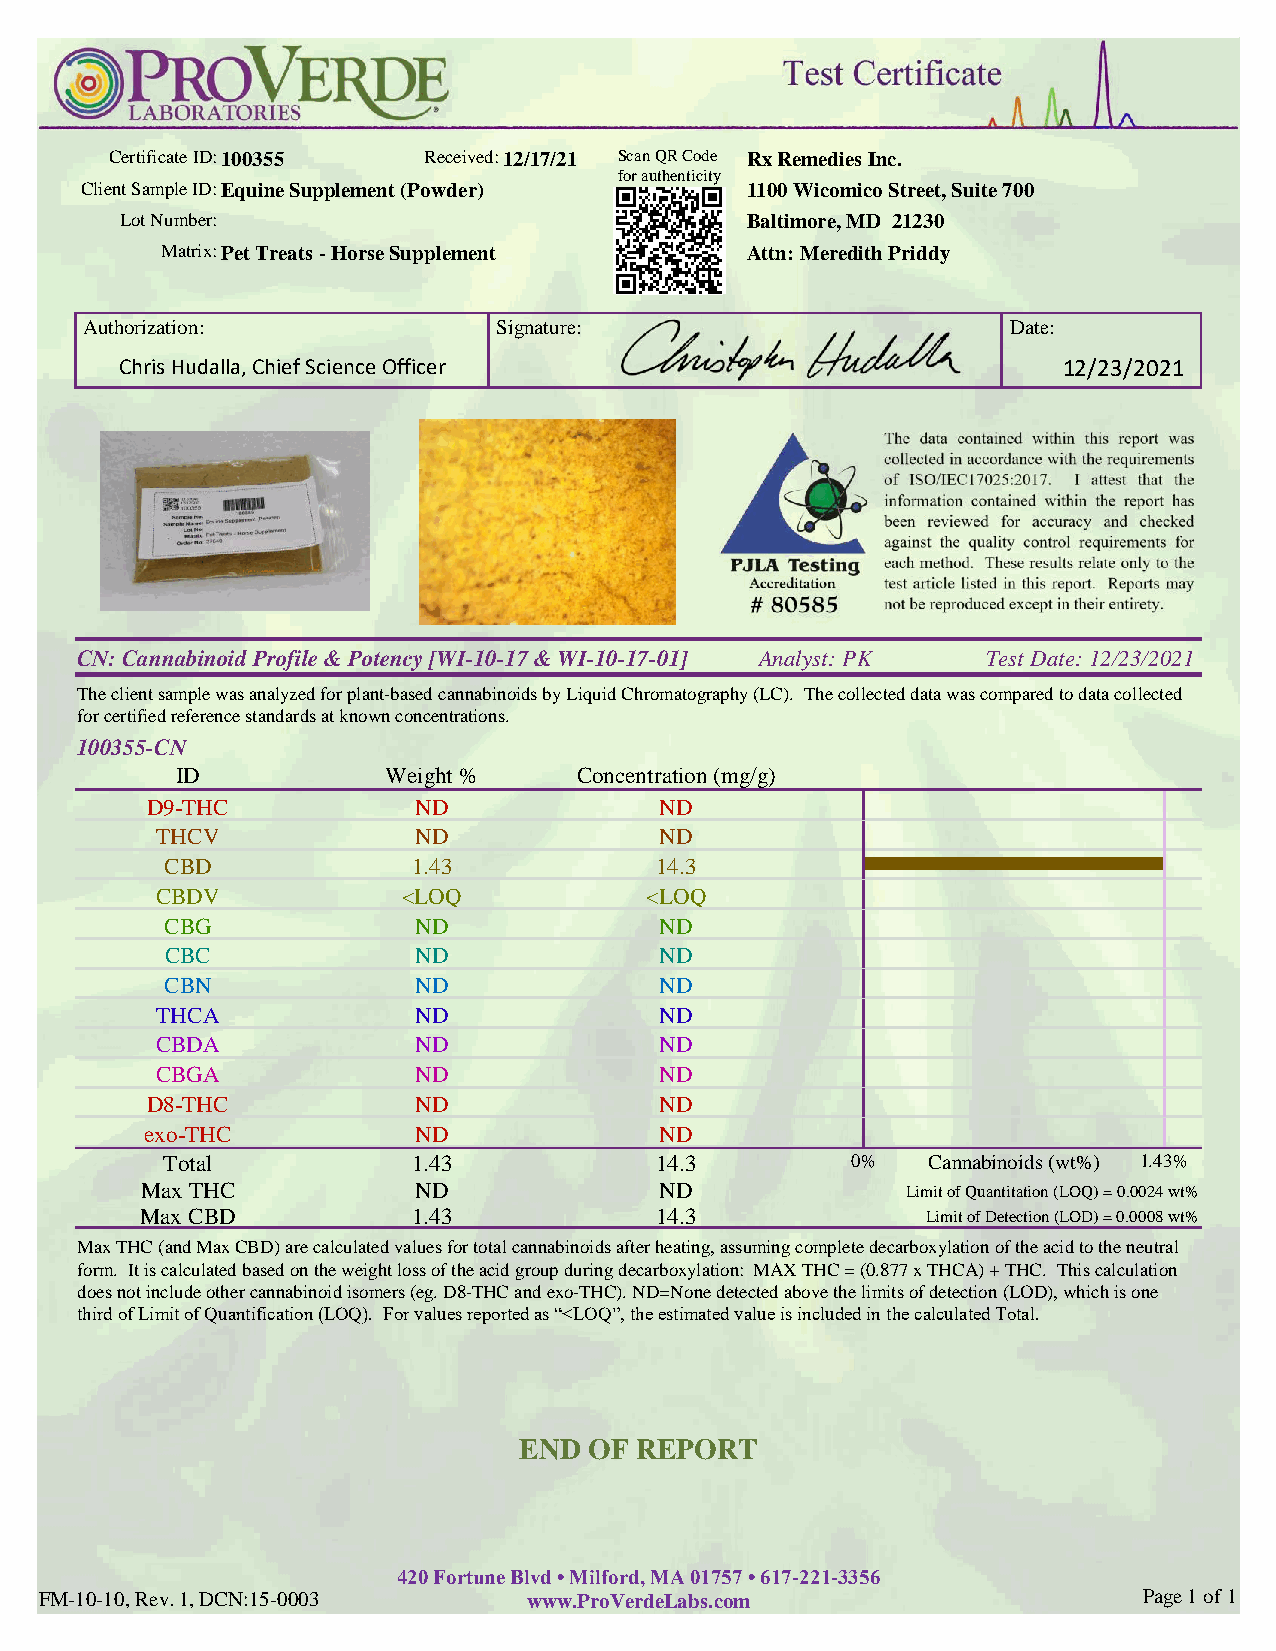
Certificate ID:100355 Received:12/17/21 Scan QR Code Rx Remedies Inc.
 for authenticity
 Client Sample ID:Equine Supplement (Powder) 1100 Wicomico Street, Suite 700
 Lot Number:                              Baltimore, MD 21230
 Matrix:Pet Treats - Horse Supplement  Attn: Meredith Priddy
 Authorization:             Signature:                        Date:
 Chris Hudalla, Chief Science Officer                          12/23/2021
 CN: Cannabinoid Profile & Potency [WI-10-17 & WI-10-17-01] Analyst: PK Test Date: 12/23/2021
 The client sample was analyzed for plant-based cannabinoids by Liquid Chromatography (LC). The collected data was compared to data collected
 for certified reference standards at known concentrations.
 100355-CN
 ID            Weight %    Concentration (mg/g)
 D9-THC           ND               ND
 THCV             ND               ND
 CBD             1.43            14.3
 CBDV             <LOQ            <LOQ
 CBG             ND               ND
 CBC             ND               ND
 CBN             ND               ND
 THCA             ND               ND
 CBDA             ND               ND
 CBGA             ND               ND
 D8-THC           ND               ND
 exo-THC          ND               ND
 Total           1.43            14.3         0%   Cannabinoids (wt%) 1.43%
 Max THC           ND               ND              Limit of Quantitation (LOQ) = 0.0024 wt%
 Max CBD           1.43            14.3              Limit of Detection (LOD) = 0.0008 wt%
 Max THC (and Max CBD) are calculated values for total cannabinoids after heating, assuming complete decarboxylation of the acid to the neutral
 form. It is calculated based on the weight loss of the acid group during decarboxylation: MAX THC = (0.877 x THCA) + THC. This calculation
 does not include other cannabinoid isomers (eg. D8-THC and exo-THC). ND=None detected above the limits of detection (LOD), which is one
 third of Limit of Quantification (LOQ). For values reported as “<LOQ”, the estimated value is included in the calculated Total.
 END  OF REPORT
 420 Fortune Blvd • Milford, MA 01757 • 617-221-3356
 FM-10-10, Rev. 1, DCN:15-0003   www.ProVerdeLabs.com                     Page 1 of 1